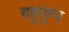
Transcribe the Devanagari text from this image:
बहुपुष्प